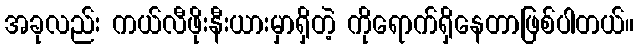
အခုလည်း ကယ်လီဖိုးနီးယားမှာရှိတဲ့ ကိုရောက်ရှိနေတာဖြစ်ပါတယ်။